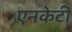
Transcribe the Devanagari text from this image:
एनकेटी